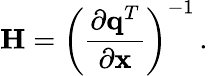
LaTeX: {\mathbf H}=\left(\frac{\partial{\mathbf q}^{T}}{\partial{\mathbf x}}\right)^{-1}\, .